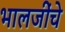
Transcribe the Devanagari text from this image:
भालजींचे